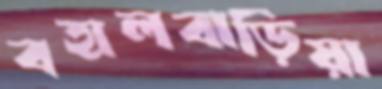
বহালবাড়িয়া